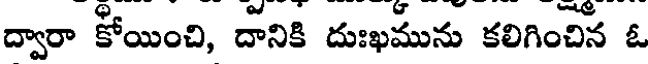
ద్వారా కోయించి, దానికి దుఃఖమును కలిగించిన ఓ